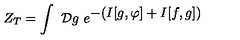
Z _ { T } = \int \ { \cal D } g \ e ^ { \displaystyle { - ( I [ g , \varphi ] + I [ f , g ] ) } }